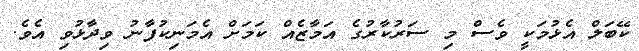
ކޭބަލް އެޅުމަކީ ވެސް މި ސަރުކާރުގެ އަމާޒެއް ކަމަށް އެމަނިކުފާނު ވިދާޅުވި އެވެ.